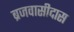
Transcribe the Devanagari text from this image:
ब्रजवासीदास